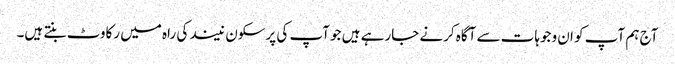
آج ہم آپ کو ان وجوہات سے آگاہ کرنے جارہے ہیں جو آپ کی پرسکون نیند کی راہ میں رکاوٹ بنتے ہیں۔